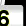
Digit: 6